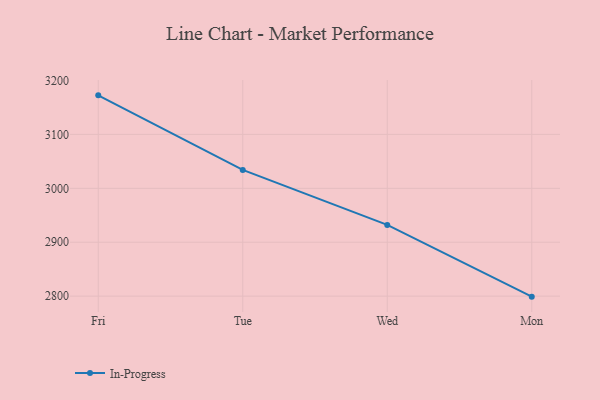
{"axis": {"x": "Day", "y": "Production Output"}, "legend": ["In-Progress"], "data": [{"x": "Fri", "y": 3172.4, "type": "In-Progress"}, {"x": "Tue", "y": 3034.1, "type": "In-Progress"}, {"x": "Wed", "y": 2932.2, "type": "In-Progress"}, {"x": "Mon", "y": 2799.1, "type": "In-Progress"}]}